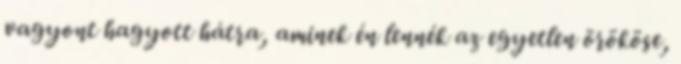
vagyont hagyott hátra, aminek én lennék az egyetlen örököse,